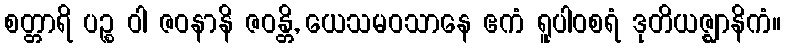
စတ္တာရိ ပဉ္စ ဝါ ဇဝနာနိ ဇဝန္တိ, ယေသမဝသာနေ ဧကံ ရူပါဝစရံ ဒုတိယဇ္ဈာနိကံ။